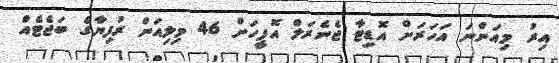
އިރު މިއަންނަ އަހަރަށް އޮޑިޓާ ޖެނެރަލް އޮފީހަށް 46 މިލިއަން ރުފިޔާގެ ބަޖެޓެއް